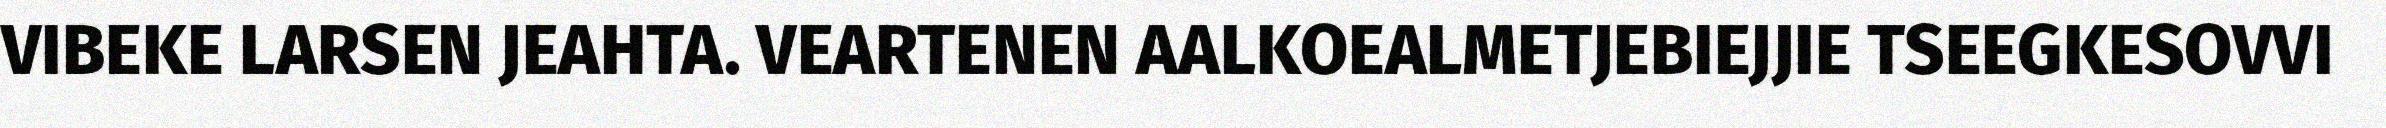
VIBEKE LARSEN JEAHTA. VEARTENEN AALKOEALMETJEBIEJJIE TSEEGKESOVVI